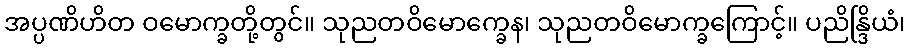
အပ္ပဏိဟိတ ဝမောက္ခတို့တွင်။ သုညတဝိမောက္ခေန၊ သုညတဝိမောက္ခကြောင့်။ ပညိန္ဒြိယံ၊